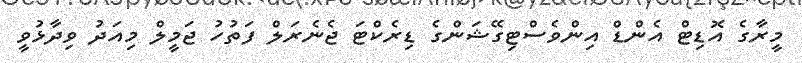
މީރާގެ އޮޑިޓް އެންޑް އިންވެސްޓިގޭޝަންގެ ޑިރެކްޓަ ޖެނެރަލް ފަތުހު ޖަމީލް މިއަދު ވިދާޅުވީ